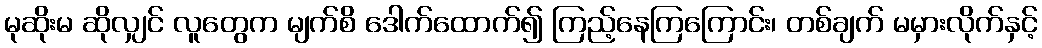
မုဆိုးမ ဆိုလျှင် လူတွေက မျက်စိ ဒေါက်ထောက်၍ ကြည့်နေကြကြောင်း၊ တစ်ချက် မမှားလိုက်နှင့်